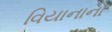
વિયાનાના